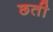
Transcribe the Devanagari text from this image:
छती